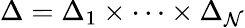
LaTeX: \Delta=\Delta_{1}\times\cdots\times\Delta_{\mathcal{N}}